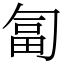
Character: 匐